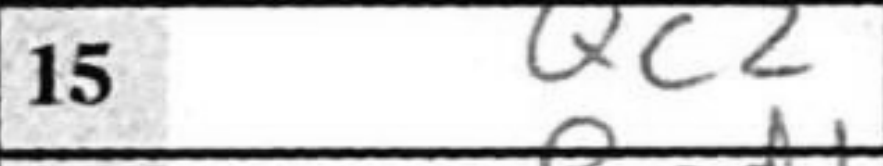
Transcription: Qc2